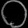
Digit: ၀